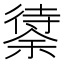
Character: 𱝸